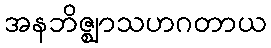
အနဘိဇ္ဈာသဟဂတာယ